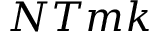
N T m k